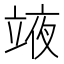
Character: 𮄳